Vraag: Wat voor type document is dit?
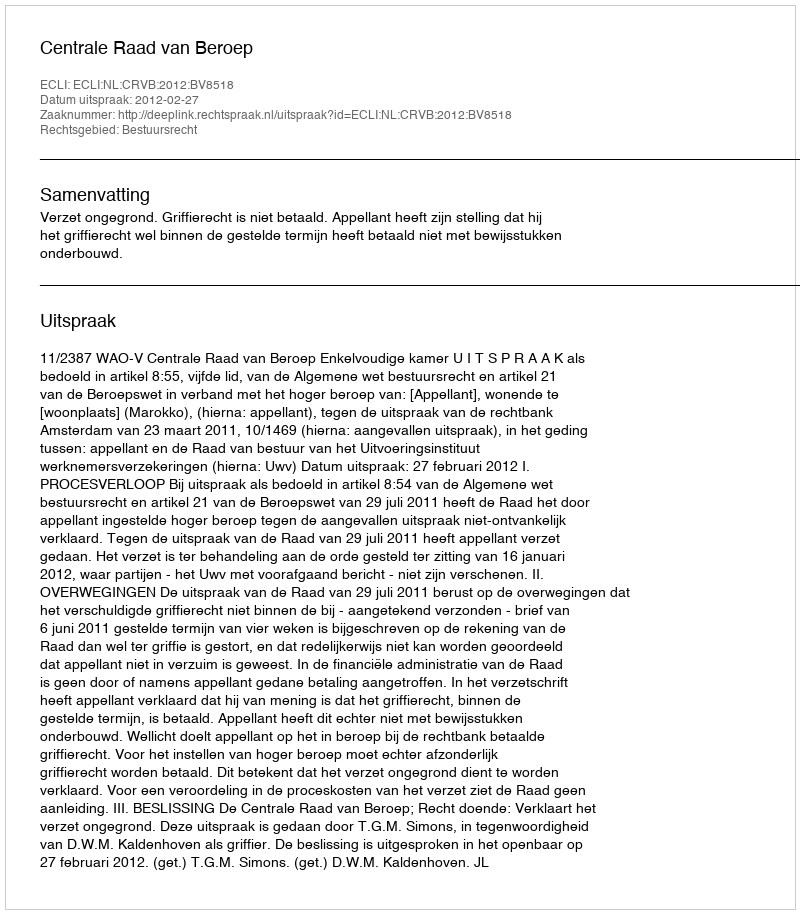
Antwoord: Uitspraak